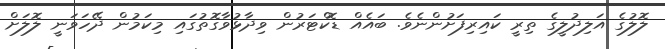
ލޮލުގެ އަލިދުލީގެ ތިރީ ކައިރިފަށުންނެވެ. ބައެއް ޑޮކްޓަރުން ވިދާޅުވާގޮތުގައި މިކަމުން ދޭހަވަނީ ލޮލަށް